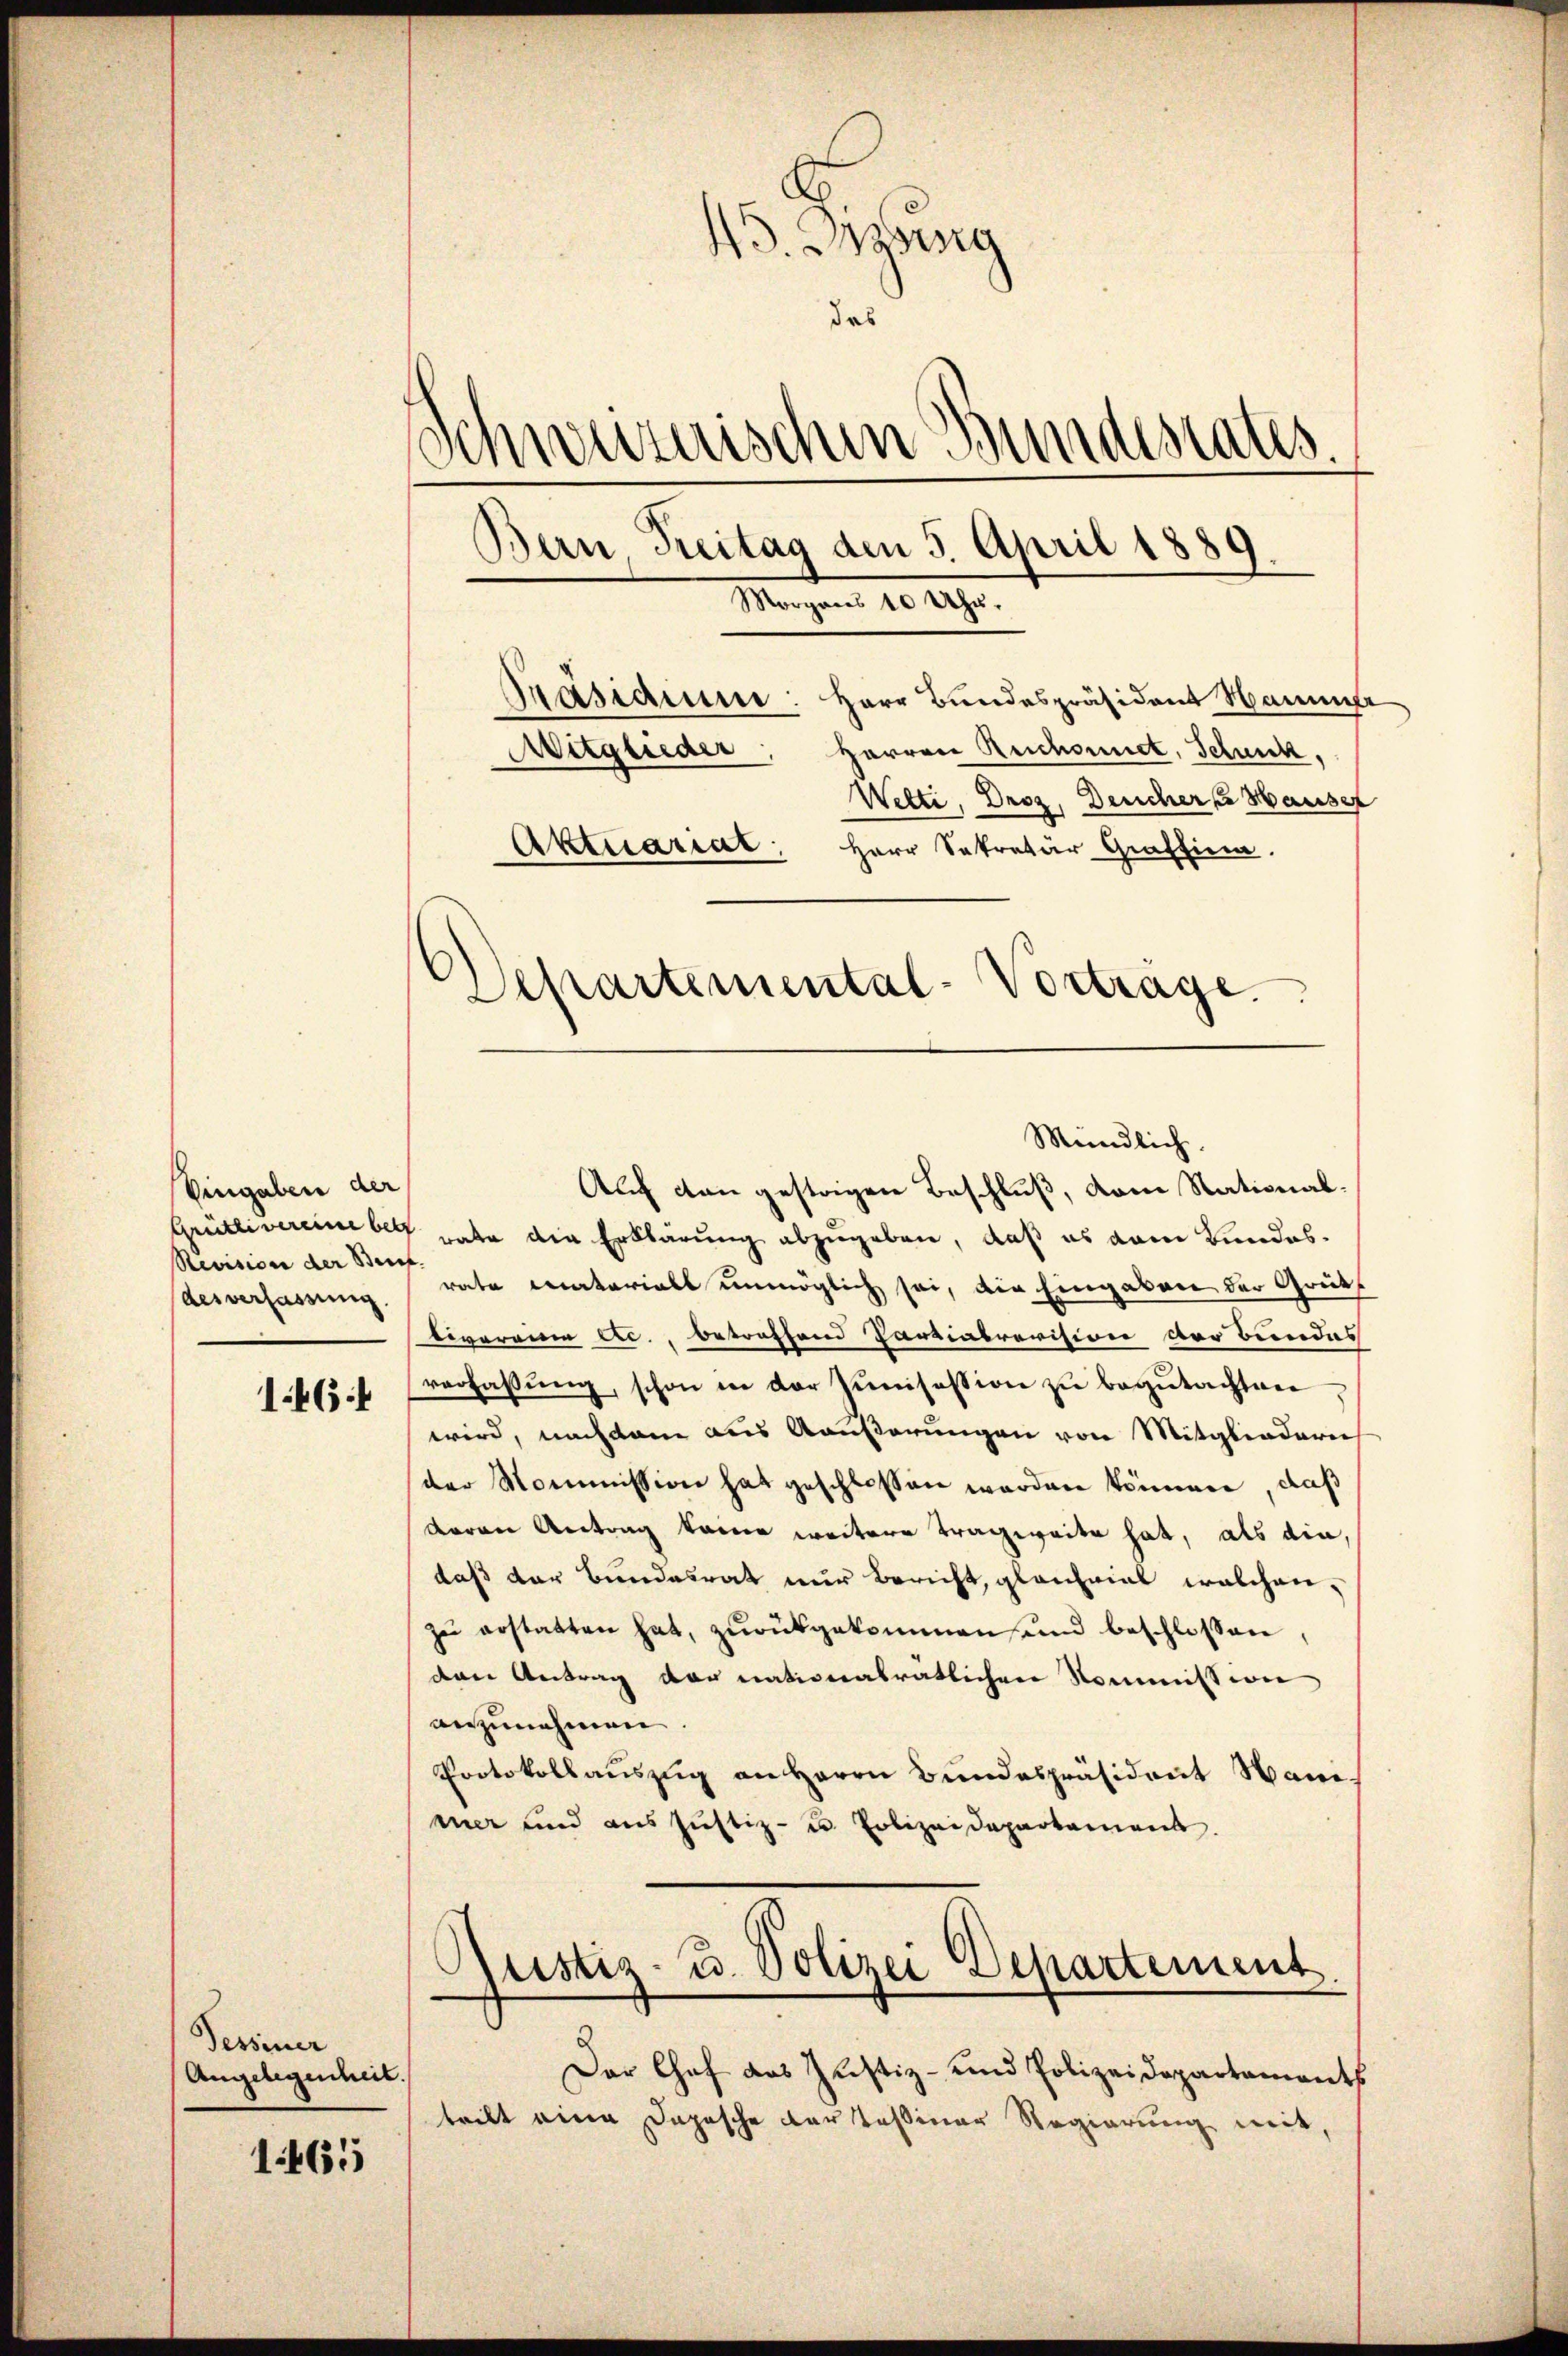
Eingaben der
Revision der Brief
desverfassung

146:

Pessiner
Angelegenheit.

1465

45. Dizung
das
Schweizerischen Bundestates
Bern, Freitag den 5. April 1889
Morgens 10 Uhr.
Präsidium: Herr Bundespräsident Samm
Mitglieder, Herren Reichnet, Schnik.
Wetti, Droz, Deucher Hauser
Aktuariat, Herr Sekretär Graffina.

Auf den gestrigen Beschluß, vom Stational¬
Grütlivereinberg rate die Erklärung abzugeben, daß es vom Bundesrate Catarials unmöglich sei, die Eingaben der Grüttivereien etc., betreffend Parzialrevision der Bundes
verfassung, schon in der Junisession zu begutachten
wird, nachdem aus Aeußerungen von Mitgliedern
der Mommission hat geschlossen worden können, daß
deren Antrag keine weitere Tragweite hat, als die
daß der Bundesrat nur Bericht, gleichviel welchen,
zŭ erstatten hat, zŭrückgekommen und beschlossen,
den Antrag der nationalratlichen Kommission
anzunehmen
Protokollauszug an Herrn Bundespräsident Nam
mer und aus Justiz- u. Polizeidepartement.

Departemental-Vorträge.
Mündlich,

Rustiz- u. Polizei Departement.

Der Chef das Justiz- und Polizeidepartaments
tritt eine Depesche Darstessiner Regierung mit,